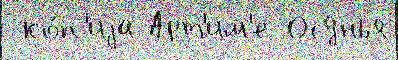
 ко́п'иjа Арт'им'е Осунья